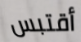
أقتبس